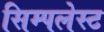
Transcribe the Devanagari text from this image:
सिम्पलेस्ट